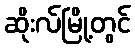
ဆိုးလ်မြို့တွင်